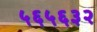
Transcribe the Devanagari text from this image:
५६५६३२